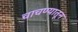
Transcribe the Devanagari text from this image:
चाचण्यातून